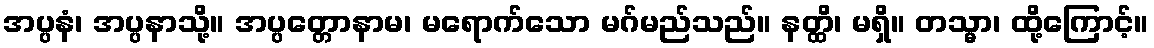
အပ္ပနံ၊ အပ္ပနာသို့။ အပ္ပတ္တောနာမ၊ မရောက်သော မဂ်မည်သည်။ နတ္ထိ၊ မရှိ။ တသ္မာ၊ ထို့ကြောင့်။